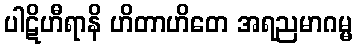
ပါဋိဟီရာနိ ဟိတာဟိတေ အရညမာဂမ္မ